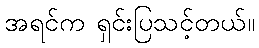
အရင်က ရှင်းပြသင့်တယ်။